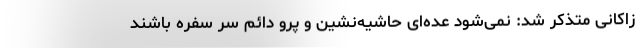
زاکانی متذکر شد: نمی‌شود عده‌ای حاشیه‌نشین و پرو دائم سر سفره باشند